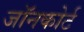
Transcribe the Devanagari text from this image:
जॉनकोर्ट